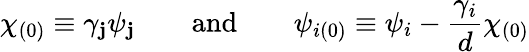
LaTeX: \chi_{(0)}\equiv\gamma_{\mathbf{j}}\psi_{\mathbf{j}}\qquad\textup{{and}}\qquad\psi_{i(0)}\equiv\psi_{i}-\frac{{\gamma_{i}}}{{d}}\chi_{(0)}